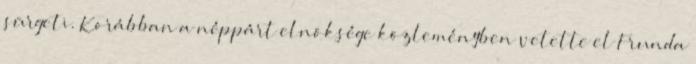
sürgeti. Korábban a néppárt elnöksége közleményben vetette el Frunda